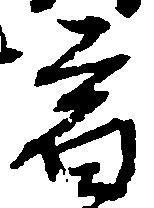
宿